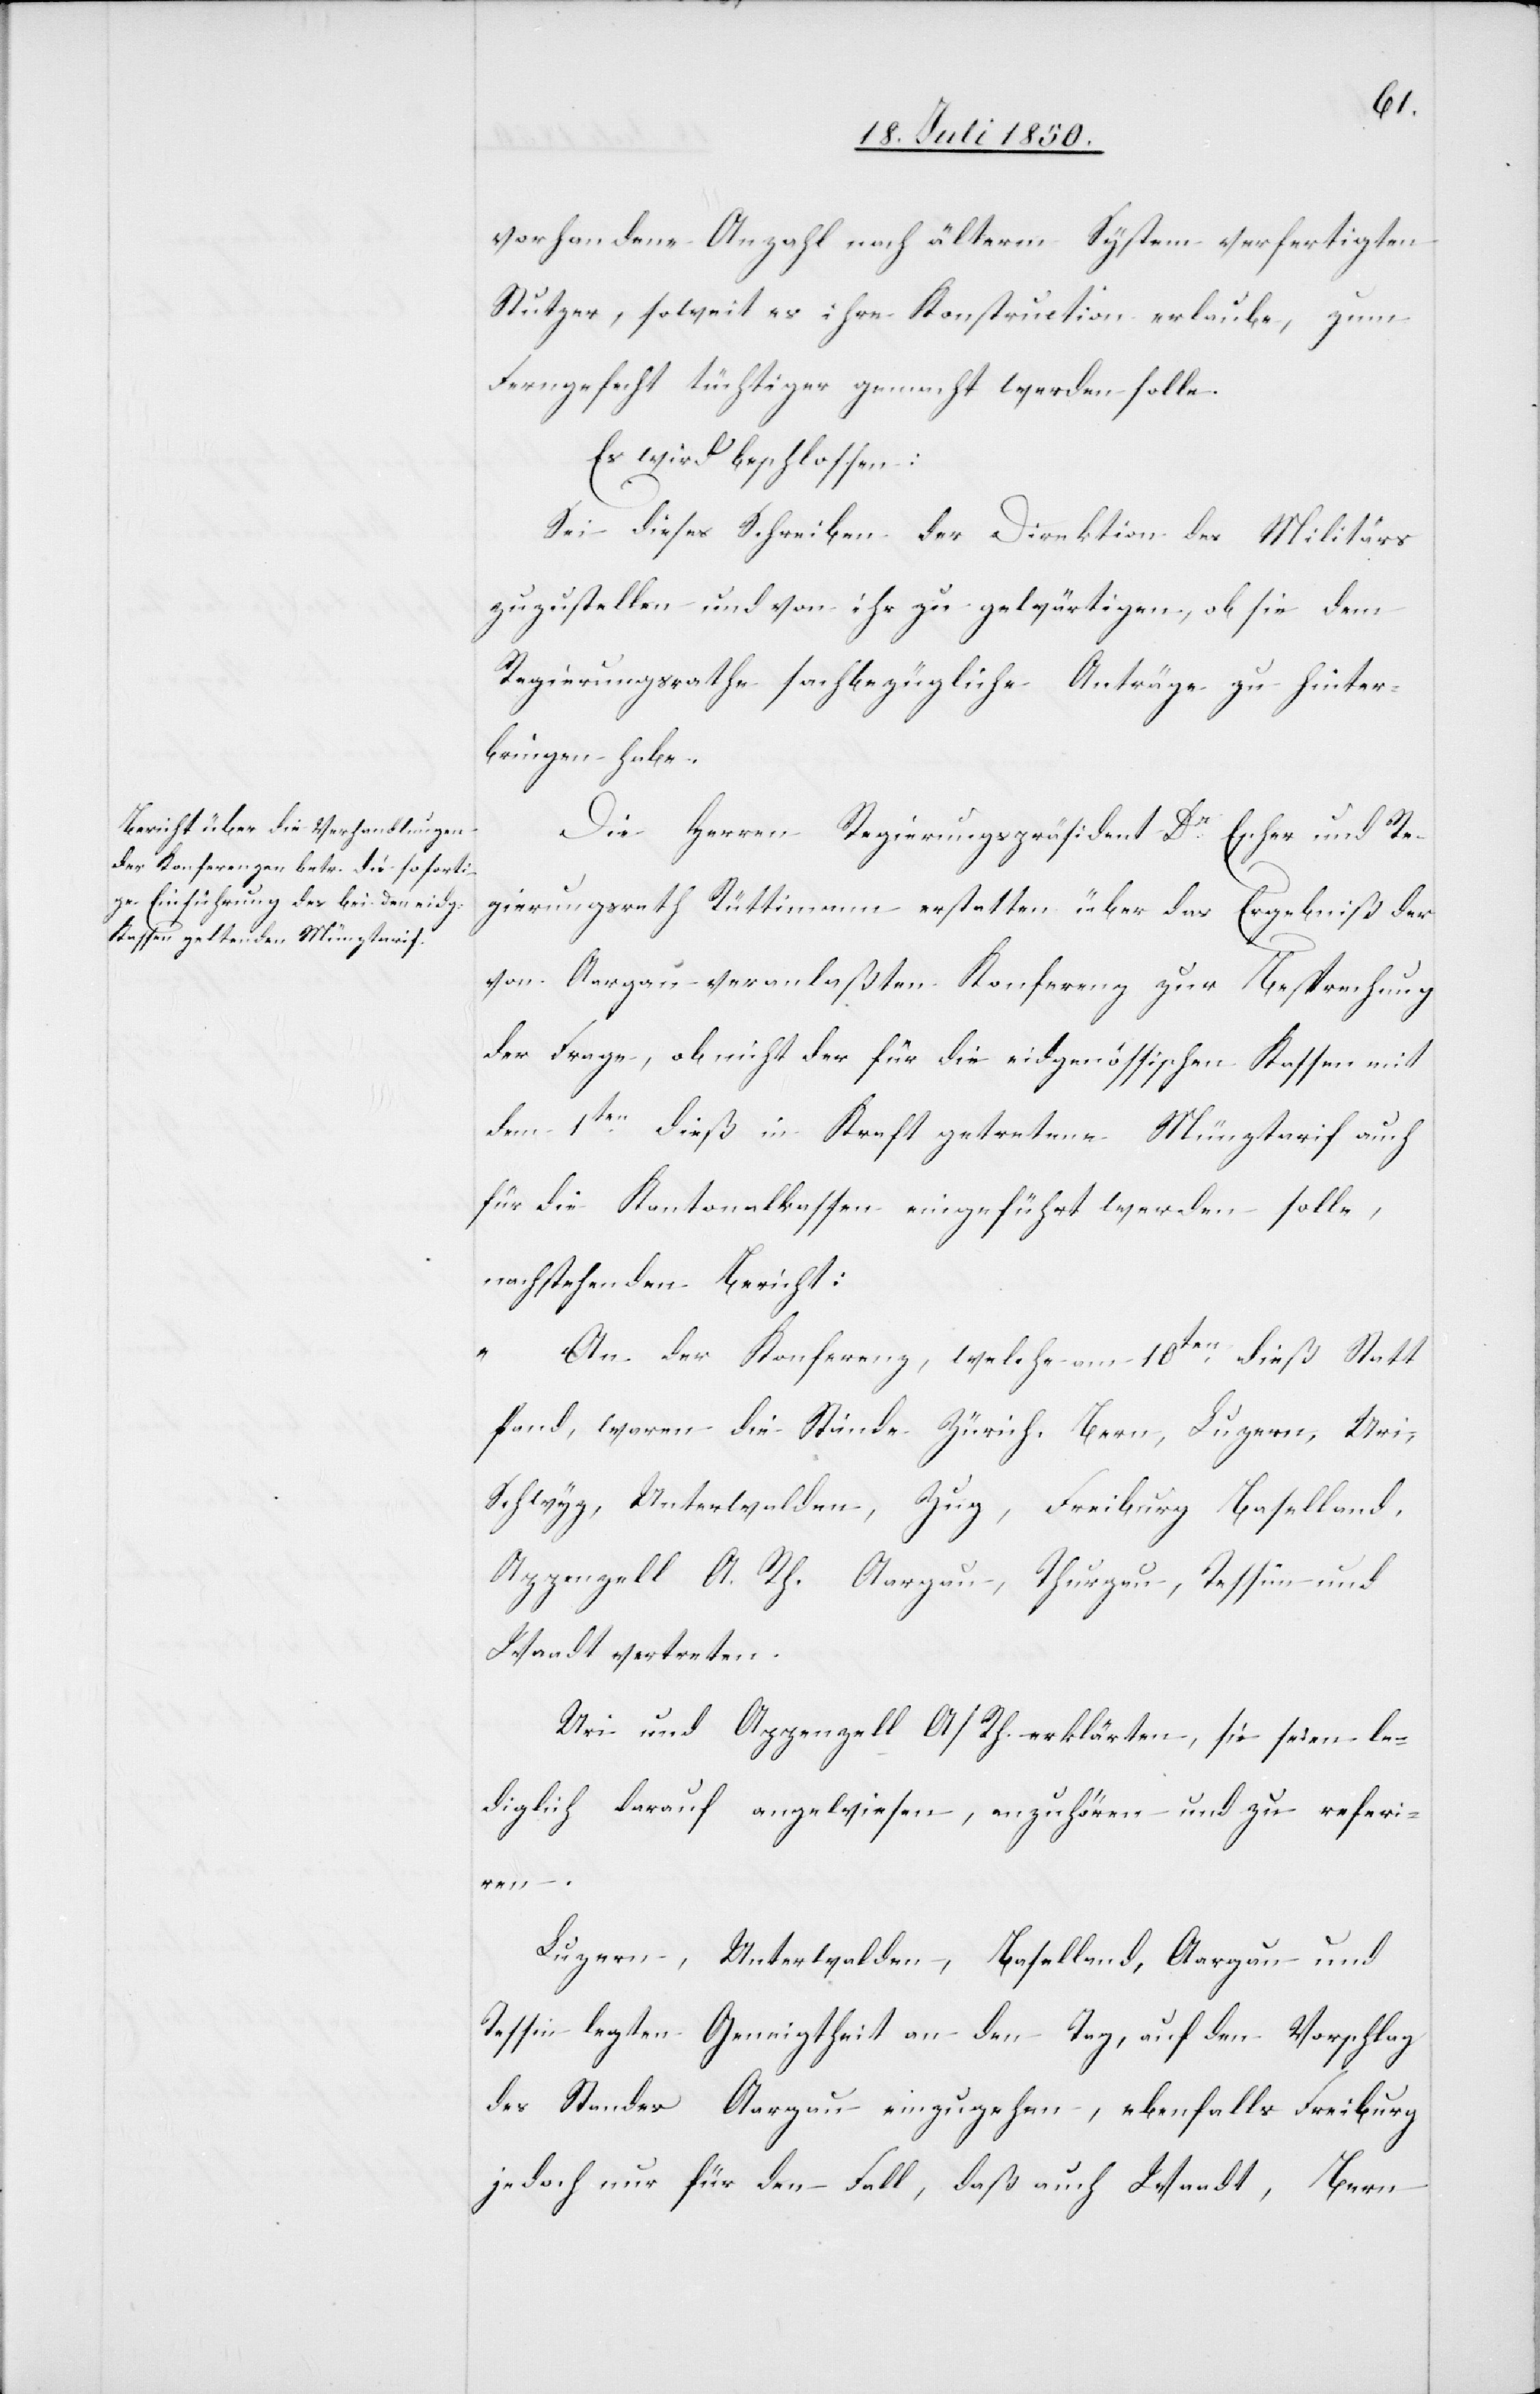
vorhandene Anzahl nach älterm System verfertigten
Stutzer, soweit es ihre Konstruction erlaube, zum
Ferngefecht tüchtiger gemacht werden solle.
Es wird beschlossen:
Sei dieses Schreiben der Direktion des Militärs
zuzustellen und von ihr zu gewärtigen, ob sie dem
Regierungsrathe sachbezügliche Anträge zu hinter¬
bringen habe.
Die Herren Regierungspräsident Dr Escher und Re¬
gierungsrath Rüttimann erstatten über das Ergebniß der
von Aargau veranlaßten Konferenz zur Besprechung
der Frage, ob nicht der für die eidgenössischen Kassen mit
dem 1ten dieß in Kraft getretene Münztarif auch
für die Kantonalkassen eingeführt werden solle,
nachstehenden Bericht:
„An der Konferenz, welche am 10ten dieß Statt
fand, waren die Stände Zürich, Bern, Luzern, Uri,
Schwyz, Unterwalden, Zug, Freiburg[,] Baselland,
Appenzell A. Rh.[,] Aargau, Thurgau, Tessin und
Waadt vertreten.
Uri und Appenzell A/Rh. erklärten, sie seien le¬
diglich darauf angewiesen, anzuhören und zu referi¬
ren.
Luzern, Unterwalden, Baselland, Aargau und
Tessin legten Geneigtheit an den Tag, auf den Vorschlag
des Standes Aargau einzugehen, ebenfalls Freiburg
jedoch nur für den Fall, daß auch Waadt, Bern